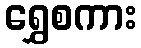
ရွှေစကား